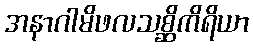
အနာဂါမိဖလသစ္ဆိကိရိယာ